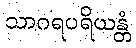
သာဂရပရိယန္တံ